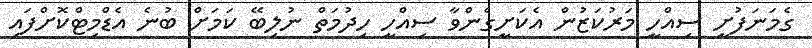
ގެމަނަފުށީ ސިއްހީ މަރުކަޒުން އެކަށީގެންވާ ސިއްހީ ހިދުމަތް ނުލިބޭ ކަމަށް ބުނެ އެޑްމިޓްކޮށްފައި